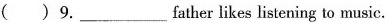
()9.___father likes listening to music.